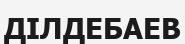
ДІЛДЕБАЕВ